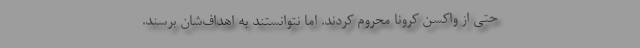
حتی از واکسن کرونا محروم کردند. اما نتوانستند به اهداف‌شان برسند.